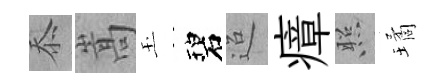
忝嵩玉碧迢瘴照璚